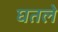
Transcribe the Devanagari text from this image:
घतले